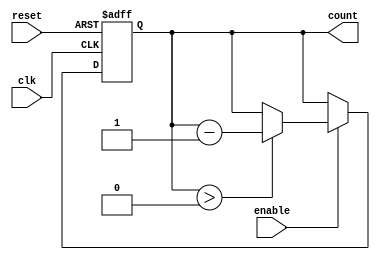
module down_counter (
    input wire clk,        // Clock input
    input wire enable,     // Enable signal
    input wire reset,      // Asynchronous reset signal
    output reg [3:0] count // 4-bit counter output
);

    // Define the maximum count value for a 4-bit counter
    localparam MAX_COUNT = 4'b1111; // 15 in decimal

    // Asynchronous reset and counting logic
    always @(posedge clk or posedge reset) begin
        if (reset) begin
            count <= MAX_COUNT; // Reset to maximum count value
        end else if (enable) begin
            if (count > 0) begin
                count <= count - 1; // Decrement the count
            end
            // If count is 0 and enable is high, it remains at 0
        end
        // If enable is low, retain the current count value
    end

    // Initialize count to maximum value at the start
    initial begin
        count = MAX_COUNT;
    end

endmodule